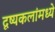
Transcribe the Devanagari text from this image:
दृष्यकलांमध्ये